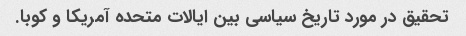
تحقیق در مورد تاریخ سیاسی بین ایالات متحده آمریکا و کوبا.